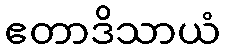
ဧတာဒိသာယံ